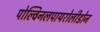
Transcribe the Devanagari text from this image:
पोल्विनलपायरोलीडोन